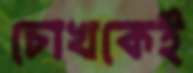
চোখকেই